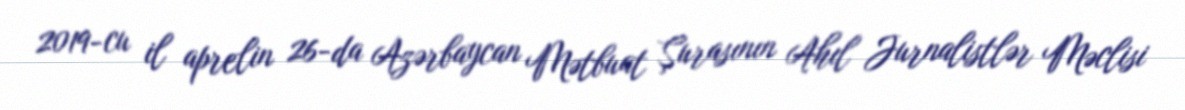
2019-cu il aprelin 26-da Azərbaycan Mətbuat Şurasının Ahıl Jurnalistlər Məclisi